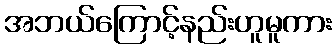
အဘယ်ကြောင့်နည်းဟူမူကား